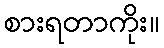
စားရတာကိုး။